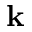
\mathbf { k }